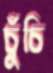
চুঁচি